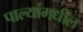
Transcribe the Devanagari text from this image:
पाल्यांमधील